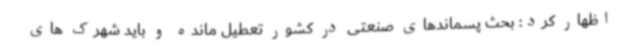
اظهار کرد: بحث پسماندهای صنعتی در کشور تعطیل مانده و باید شهرک های